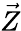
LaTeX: \vec{Z}